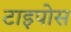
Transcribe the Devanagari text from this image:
टाइपोस